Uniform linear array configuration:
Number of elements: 24
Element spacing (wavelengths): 0.75
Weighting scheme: cosine
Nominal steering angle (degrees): -45
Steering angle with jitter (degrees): -44.947
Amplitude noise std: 0.05
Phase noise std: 0.05

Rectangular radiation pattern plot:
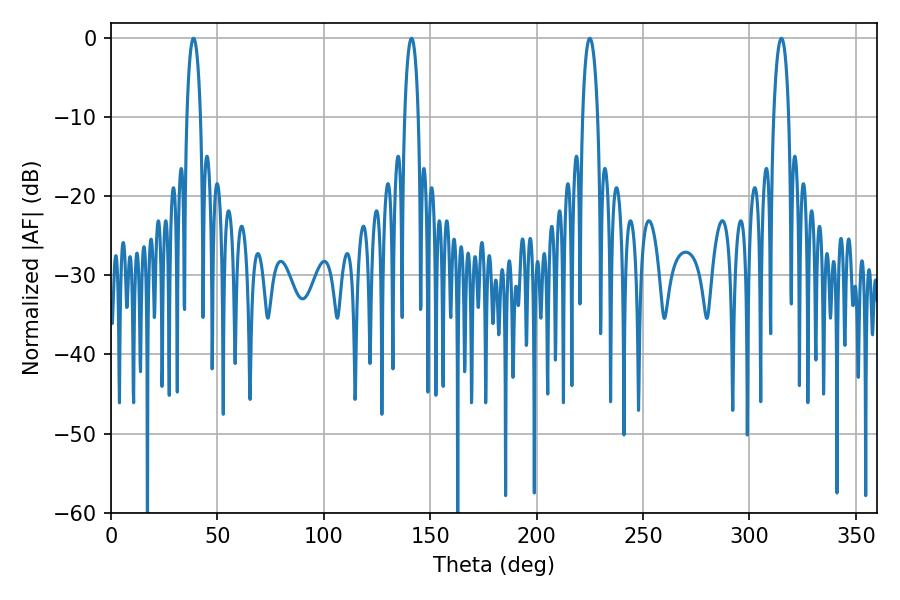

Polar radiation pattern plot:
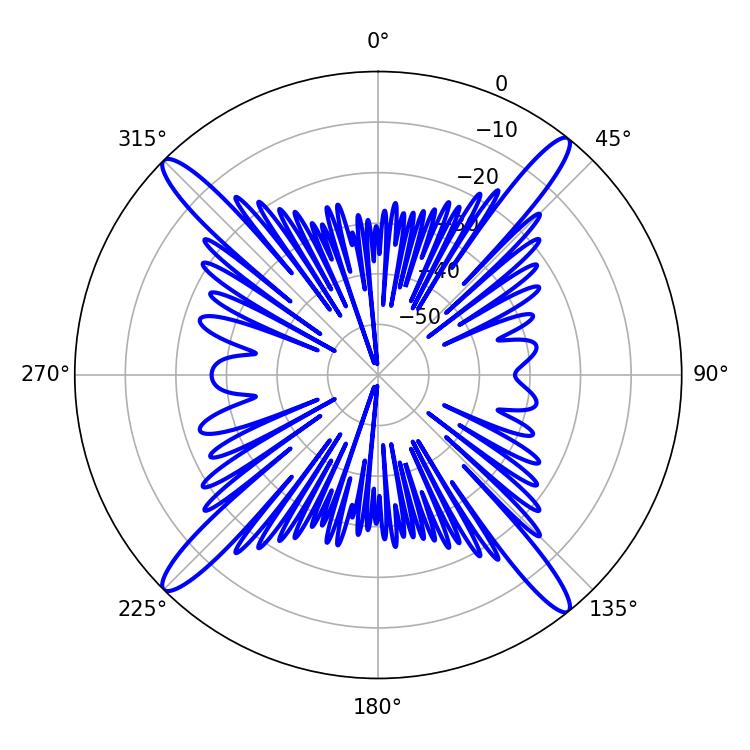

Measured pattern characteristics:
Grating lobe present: TRUE
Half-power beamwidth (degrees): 3.96
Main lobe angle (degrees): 225